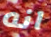
انه